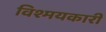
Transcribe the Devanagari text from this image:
विश्मयकारी